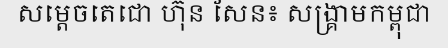
សម្តេចតេជោ ហ៊ុន សែន៖ សង្គ្រាមកម្ពុជា